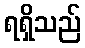
ရရှိသည်